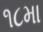
૧૮મા